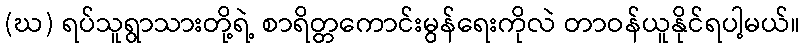
(ဃ) ရပ်သူရွာသားတို့ရဲ့ စာရိတ္တကောင်းမွန်ရေးကိုလဲ တာဝန်ယူနိုင်ရပါ့မယ်။